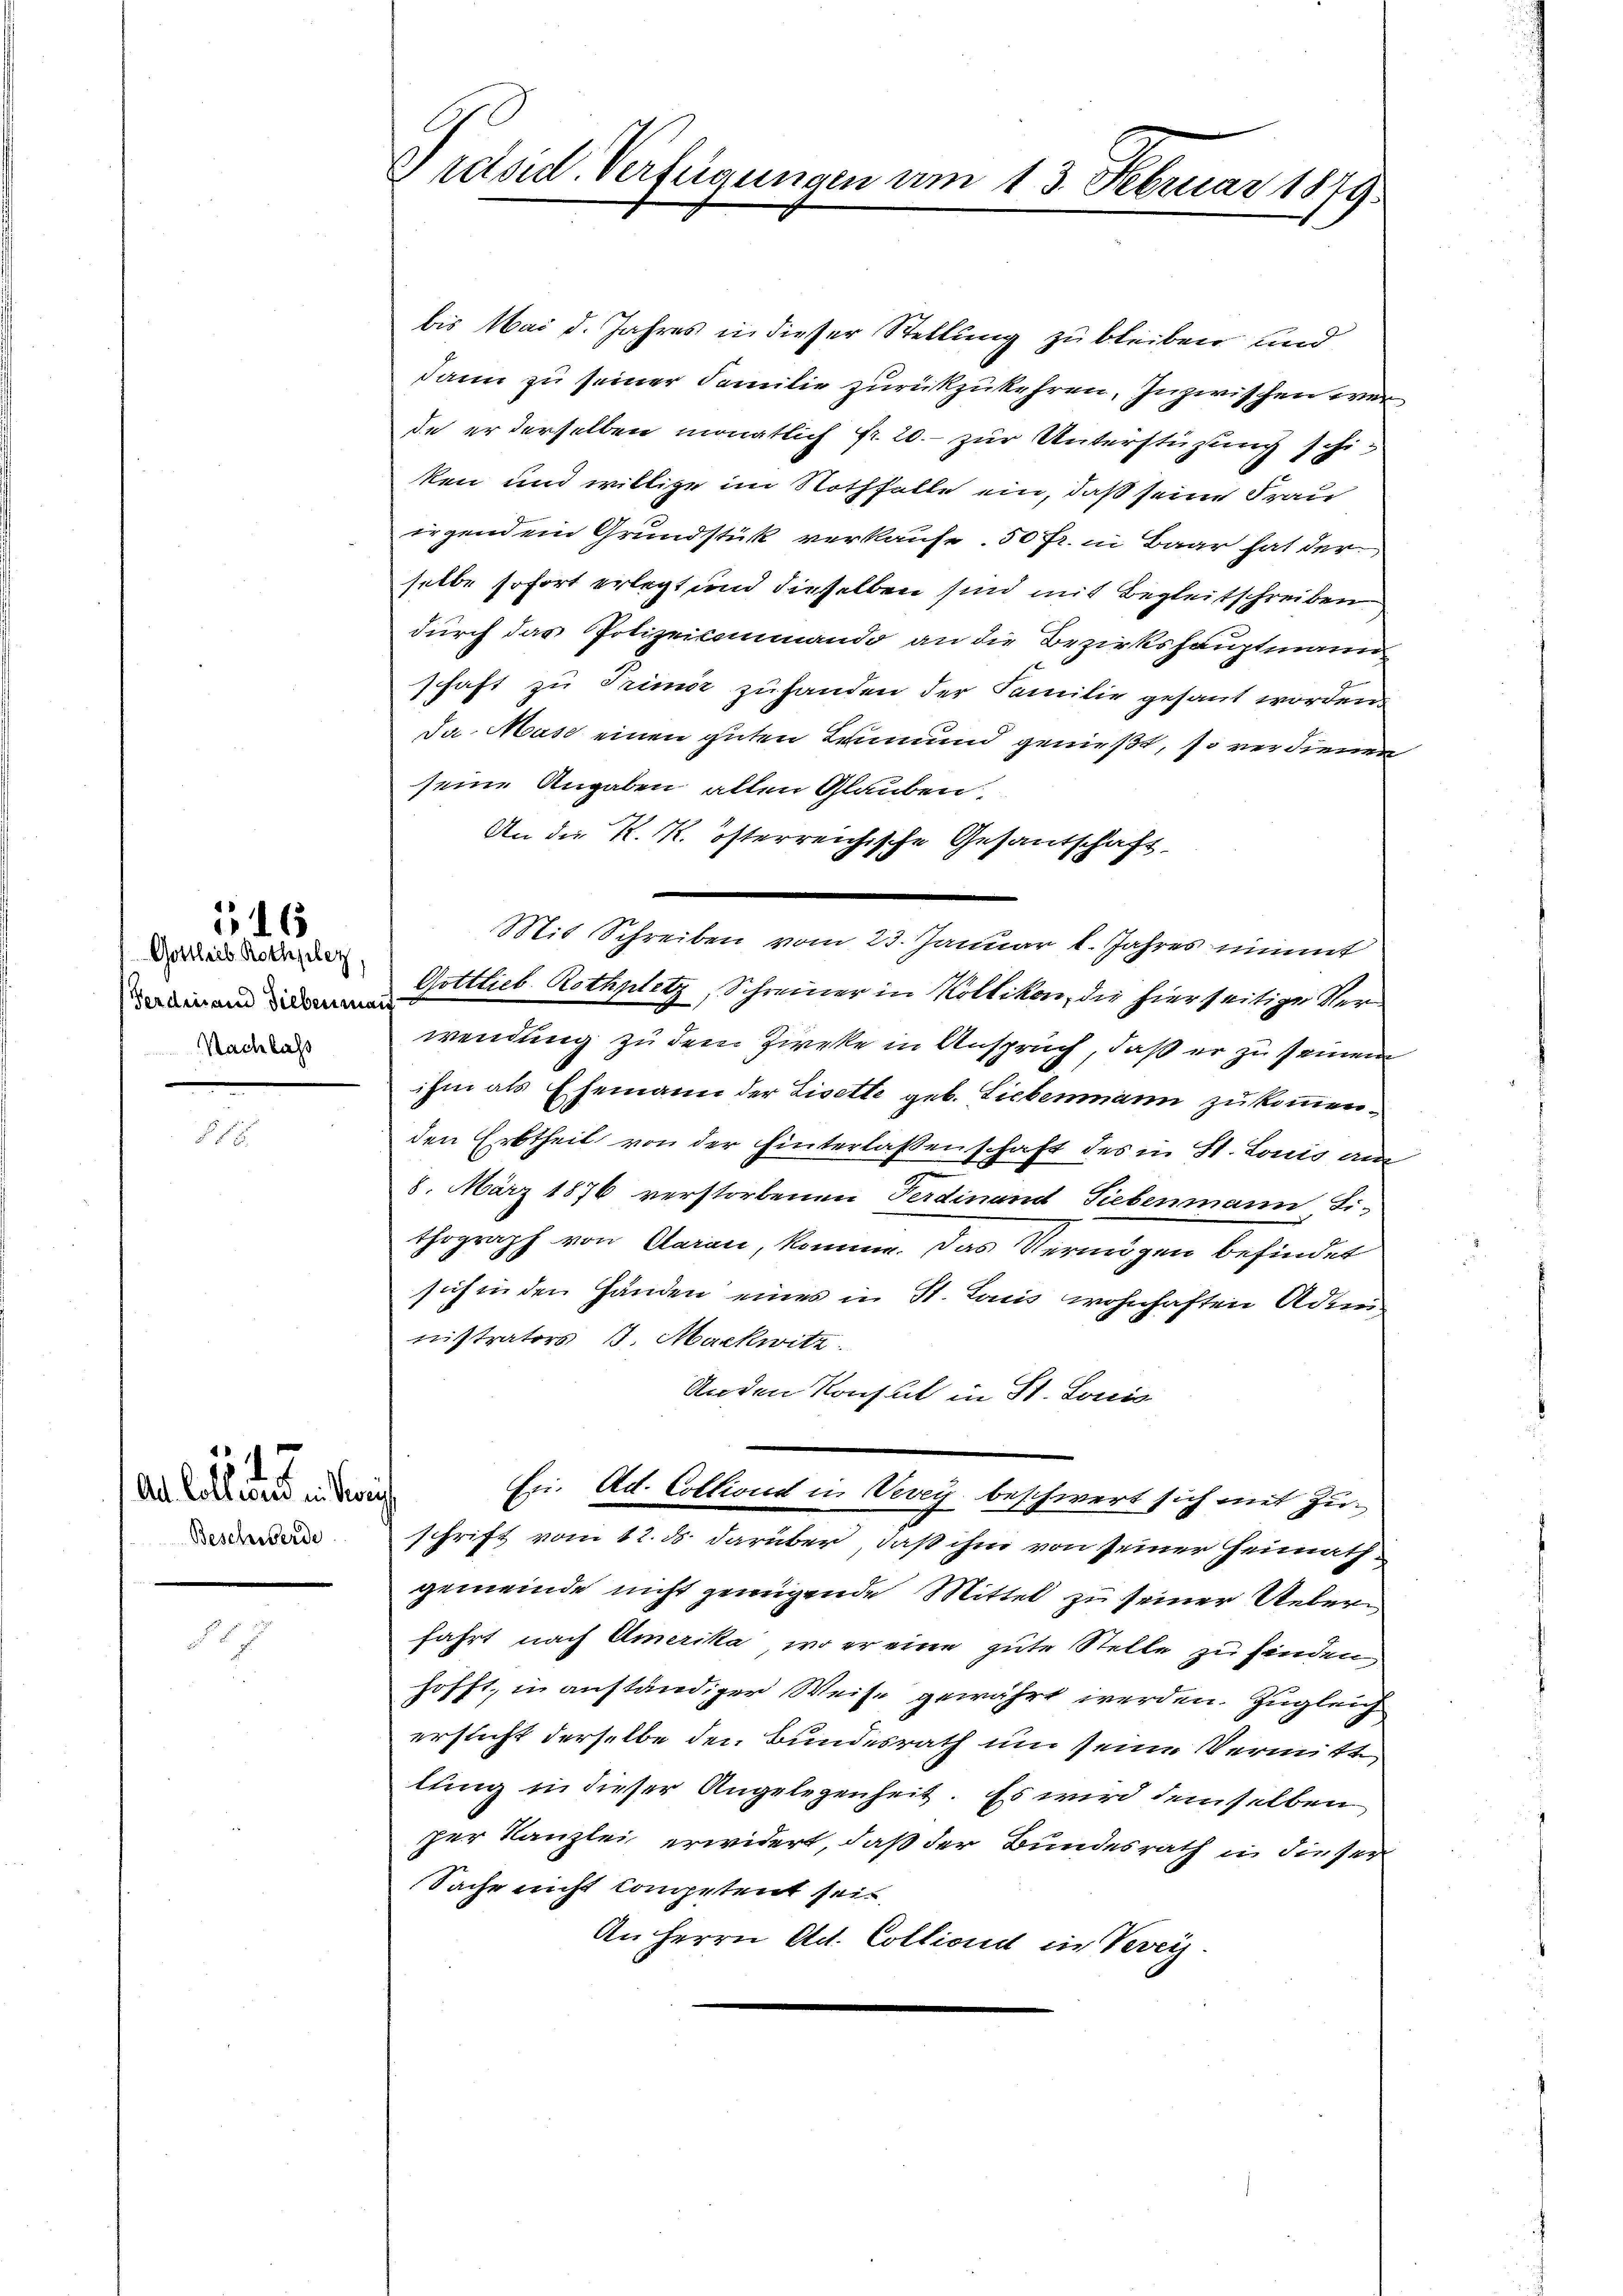
Gottlieb. Rothplaz,
Ferdinand Siebenmant
Nachlass

16

de Collates in Beric
Beschwerde.

Präsid. Verfügungen am 13. Februar 1879.

bis Mai d. Jahres in dieser Stellung zu bleiben und
dann zu seiner Familie zurückzukehren, inzwischen wer
de er derselben monatlich fr. 20.- zur Unterstützung schiken und willige im Nothfalle ein, daß seine Frau
irgendem Grundstük verkaufe. 50 fr. in Baar hat der
selbe sofort erlegt und dieselben sind mit Begleitschreiben
durch das Polizeisommando an die Bezirkshauptmann
schaft zu Trimir zufanden der Familie gesant worden
da Mase einen guten Leumund genießt, so verdienen
seine Angaben alten Glauben.
An die K. K. österreichische Gesandschaft
Mit Schreiben vom 23. Januar l. Jahres nimmt
Gottlieb. Rothplatz, Schreiner in Kolliken, die hierseitige Verwendung zu dem Zweke in Anspruch, daß er zu seinem
ihm als Ehemann der Lisette geb. Liebenmann zukommen,
den Erbtheil von der hinterlassenschaft des in St. Louis am
8. März 1876 verstorbenen Ferdinand Siebenmann Li-
thograph von Caran, komme. Das Vermögen befindet
sich in den Händen eines in St. Louis wohnhaften Admi
nistrators, 3. Mackwitz
Anden Konsul in St. Louis
Er. Ad. Colliond in Vevey beschwert sich mit Zuschrift vom 12. ds. darüber, daß ihm von seiner Heimathgemeinde nicht genügende Mittel zu seiner Ueberfahrt nach Amerika, wo er eine gute Stelle zu finden,
hofft, in anständiger Weise gewährt werden. Zugleich
ersucht derselbe den Bundesrath um seine Vermitt
lung in dieser Angelegenheit. Es wird demselben
per Kanzlei erwidert, daß der Bundesrath in dieser
Sache nicht competent sei.
An Herrn Ad. Colliond in Verei.